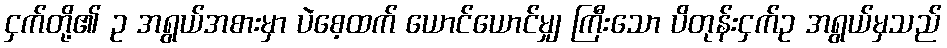
ငှက်တို့၏ ဥ အရွယ်အစားမှာ ပဲစေ့ထက် ယောင်ယောင်မျှ ကြီးသော ပိတုန်းငှက်ဥ အရွယ်မှသည်